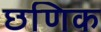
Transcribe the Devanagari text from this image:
छणिक